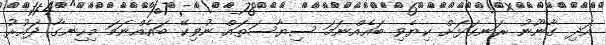
އަދި ގާނޫނު ރަނގަޅަށް ކިޔެވި ބައެެއްނަމަ ސިޔާސަތައް ނުވިކޭ ބައެއްނަމަ މިހިނގާ ދައުރު